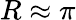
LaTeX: R\approx\pi